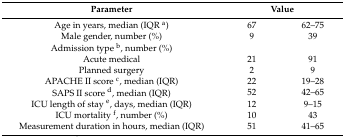
<table><thead><tr><td><b>Parameter</b></td><td colspan="2"><b>Value</b></td></tr></thead><tbody><tr><td>Age in years, median (IQR <sup>a</sup>)</td><td>67</td><td>62–75</td></tr><tr><td>Male gender, number (%)</td><td>9</td><td>39</td></tr><tr><td>Admission type <sup>b</sup>, number (%)</td><td></td><td></td></tr><tr><td>Acute medical</td><td>21</td><td>91</td></tr><tr><td>Planned surgery</td><td>2</td><td>9</td></tr><tr><td>APACHE II score <sup>c</sup>, median (IQR)</td><td>22</td><td>19–28</td></tr><tr><td>SAPS II score <sup>d</sup>, median (IQR)</td><td>52</td><td>42–65</td></tr><tr><td>ICU length of stay <sup>e</sup>, days, median (IQR)</td><td>12</td><td>9–15</td></tr><tr><td>ICU mortality <sup>f</sup>, number (%)</td><td>10</td><td>43</td></tr><tr><td>Measurement duration in hours, median (IQR)</td><td>51</td><td>41–65</td></tr></tbody></table>